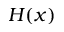
H ( x )